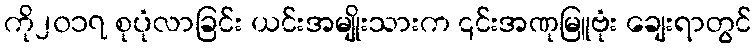
ကို၂၀၁၇ စုပုံလာခြင်း ယင်းအမျိုးသားက ၎င်းအဏုမြူဗုံး ချေးရာတွင်